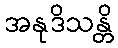
အနုဒိသန္တိ